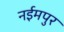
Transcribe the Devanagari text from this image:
नईमपुर